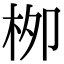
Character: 栁